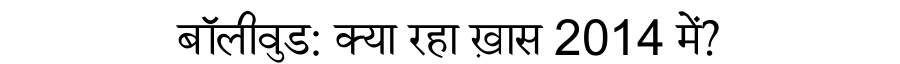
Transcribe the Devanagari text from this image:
बॉलीवुड: क्या रहा ख़ास 2014 में?